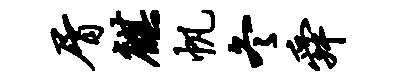
屑麒帆冬舜